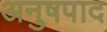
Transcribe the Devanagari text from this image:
अनुषपाद